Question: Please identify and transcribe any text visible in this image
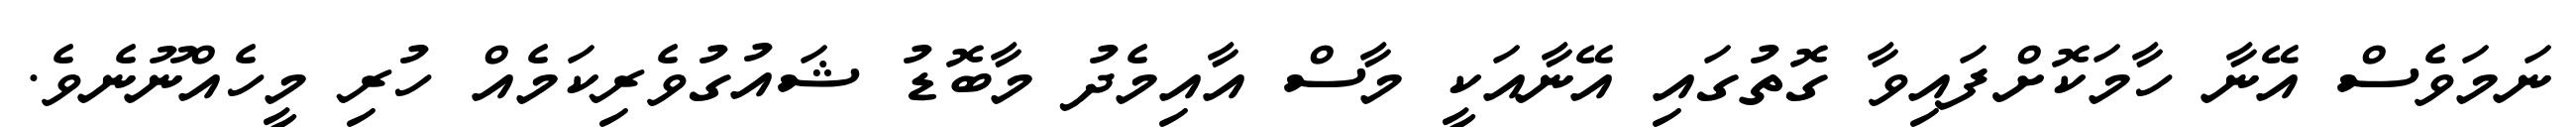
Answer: ނަމަވެސް އޭނާ ހާމަކޮށްފައިވާ ގޮތުގައި އޭނާއަކީ މާސް އާއިމެދު މާބޮޑު ޝައުގުވެރިކަމެއް ހުރި މީހެއްނޫނެވެ.